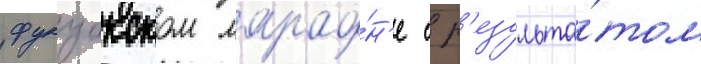
фукуокском марафо́н'е с р'езульта́том